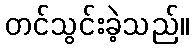
တင်သွင်းခဲ့သည်။